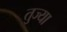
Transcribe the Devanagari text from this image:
तुज्या